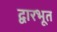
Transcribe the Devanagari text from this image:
द्वारभूत